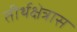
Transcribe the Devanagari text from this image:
तीर्थक्षेत्रास